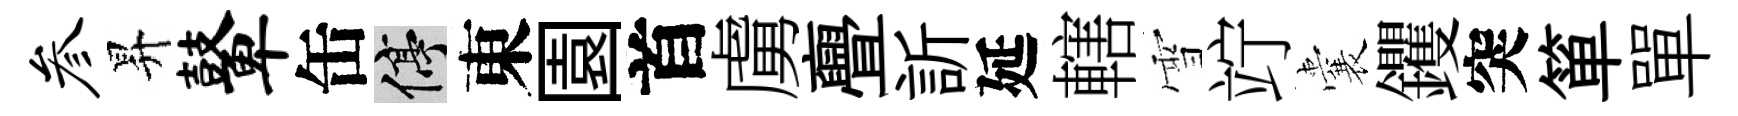
参昇鼙缶停東園首虜亹訢延轄雪竚囊钁突箪單